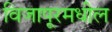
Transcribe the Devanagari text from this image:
विजापूरमधील